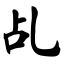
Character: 乩